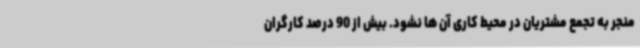
منجر به تجمع مشتریان در محیط کاری آن ها نشود. بیش از 90 درصد کارگران